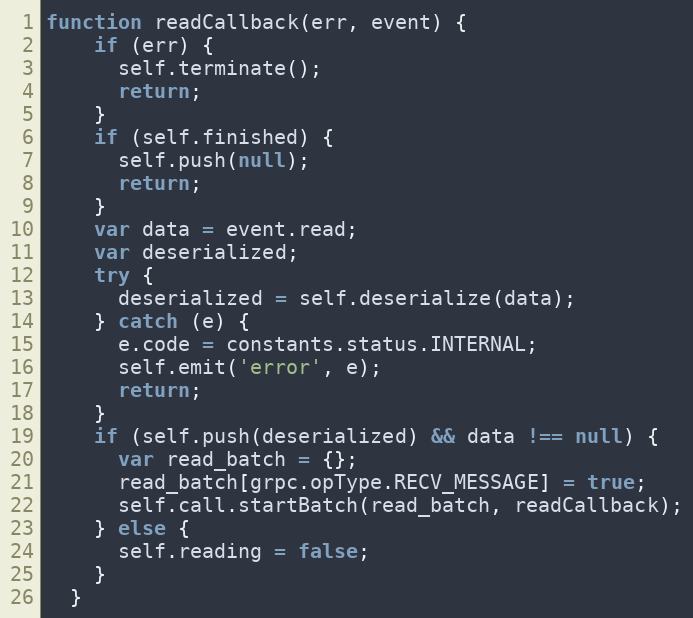
Language: JavaScript
function readCallback(err, event) {
    if (err) {
      self.terminate();
      return;
    }
    if (self.finished) {
      self.push(null);
      return;
    }
    var data = event.read;
    var deserialized;
    try {
      deserialized = self.deserialize(data);
    } catch (e) {
      e.code = constants.status.INTERNAL;
      self.emit('error', e);
      return;
    }
    if (self.push(deserialized) && data !== null) {
      var read_batch = {};
      read_batch[grpc.opType.RECV_MESSAGE] = true;
      self.call.startBatch(read_batch, readCallback);
    } else {
      self.reading = false;
    }
  }